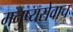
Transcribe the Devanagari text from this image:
मनुष्यसेवाच